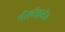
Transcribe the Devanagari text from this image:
गौलोइसेस